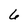
Character: 6